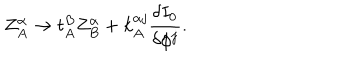
Z _ { A } ^ { \alpha } \rightarrow t _ { A } ^ { B } Z _ { B } ^ { \alpha } + k _ { A } ^ { \alpha j } \frac { \delta I _ { 0 } } { \delta \phi ^ { j } } .